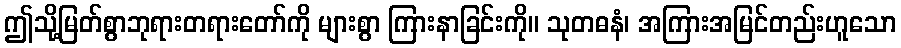
ဤသို့မြတ်စွာဘုရားတရားတော်ကို များစွာ ကြားနာခြင်းကို။ သုတဓနံ၊ အကြားအမြင်တည်းဟူသော